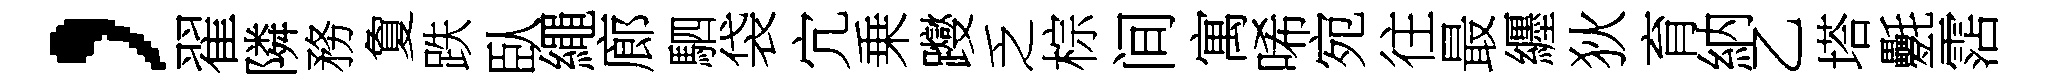
，翟隣務夐跌臥繩廊駟袋宂乗躞乏棕间寓唏宛往最纒狄育納乙塔氎霑